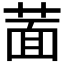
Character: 𦵀